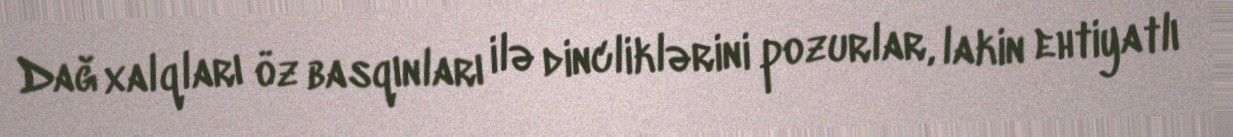
Dağ xalqları öz basqınları ilə dincliklərini pozurlar, lakin ehtiyatlı